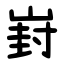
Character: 崶